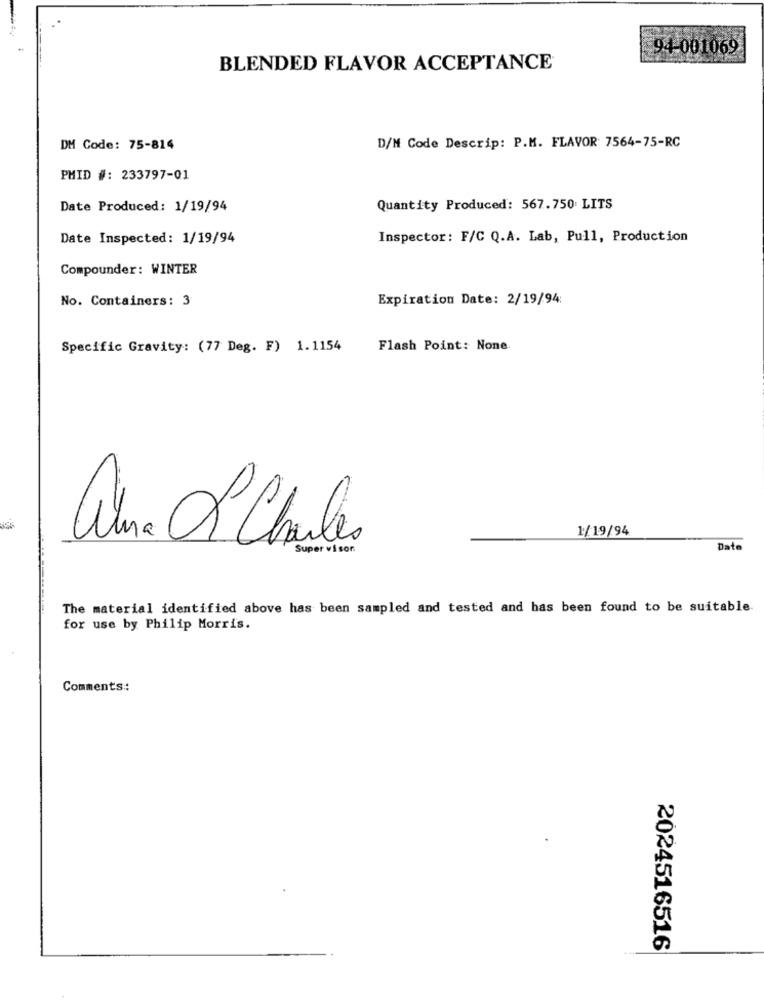
94-001069
BLENDED FLAVOR ACCEPTANCE
DM Code: 75-814
D/M Code Descrip: P.M. FLAVOR 7564-75-RC
PMID #: 233797-01
Date Produced: 1/19/94
Quantity Produced: 567.750 LITS
Date Inspected: 1/19/94
Inspector: F/C Q.A. Lab, Pull, Production
Compounder: WINTER
No. Containers: 3
Expiration Date: 2/19/94:
Specific Gravity: (77 Deg. F) 1.1154
Flash Point: None
1/19/94
alina L Charles
Super visor
Date
The material identified above has been sampled and tested and has been found to be suitable.
for use by Philip Morris.
Comments ::
2024516516